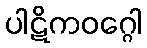
ပါဋိကဝဂ္ဂေါ